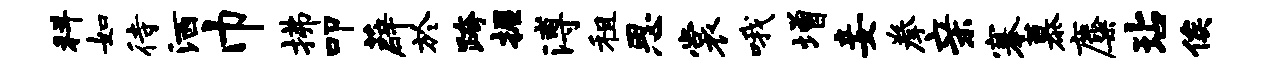
科如待洒巾拂叩薜於跨握溥租思裳哦增妾拳亲搴慕麋玷俟